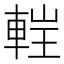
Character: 𨌂